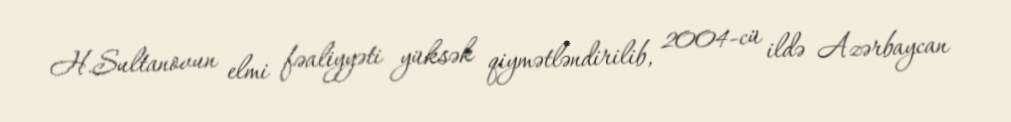
H.Sultanovun elmi fəaliyyəti yüksək qiymətləndirilib, 2004-cü ildə Azərbaycan